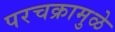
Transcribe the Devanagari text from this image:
परचक्रामुळे